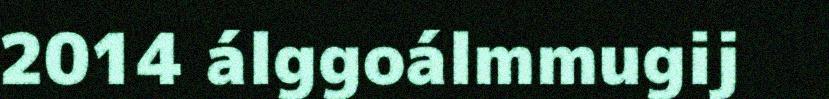
2014 álggoálmmugij